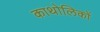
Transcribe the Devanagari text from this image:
काथोलिकों